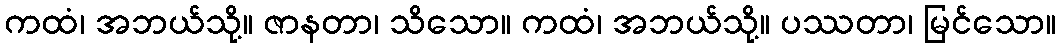
ကထံ၊ အဘယ်သို့။ ဇာနတာ၊ သိသော။ ကထံ၊ အဘယ်သို့။ ပဿတာ၊ မြင်သော။